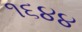
૧૬૪૪